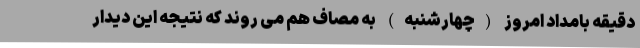
دقیقه بامداد امروز (چهارشنبه) به مصاف هم می روند که نتیجه این دیدار